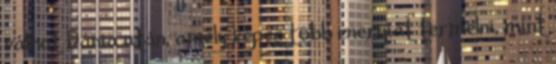
válhat Dánia után, amely képes több energiát termelni, mint